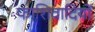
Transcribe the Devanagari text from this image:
फाशिवादियों